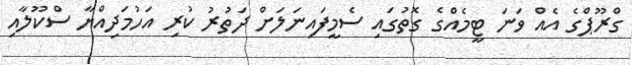
ގްރޫޕްގެ އެއް ވަނަ ޓީމެއްގެ ގޮތުގައި ސެމީފައިނަލަށް ދަތުރު ކުރި އަހުމަދިއްޔާ ސްކޫލާއި